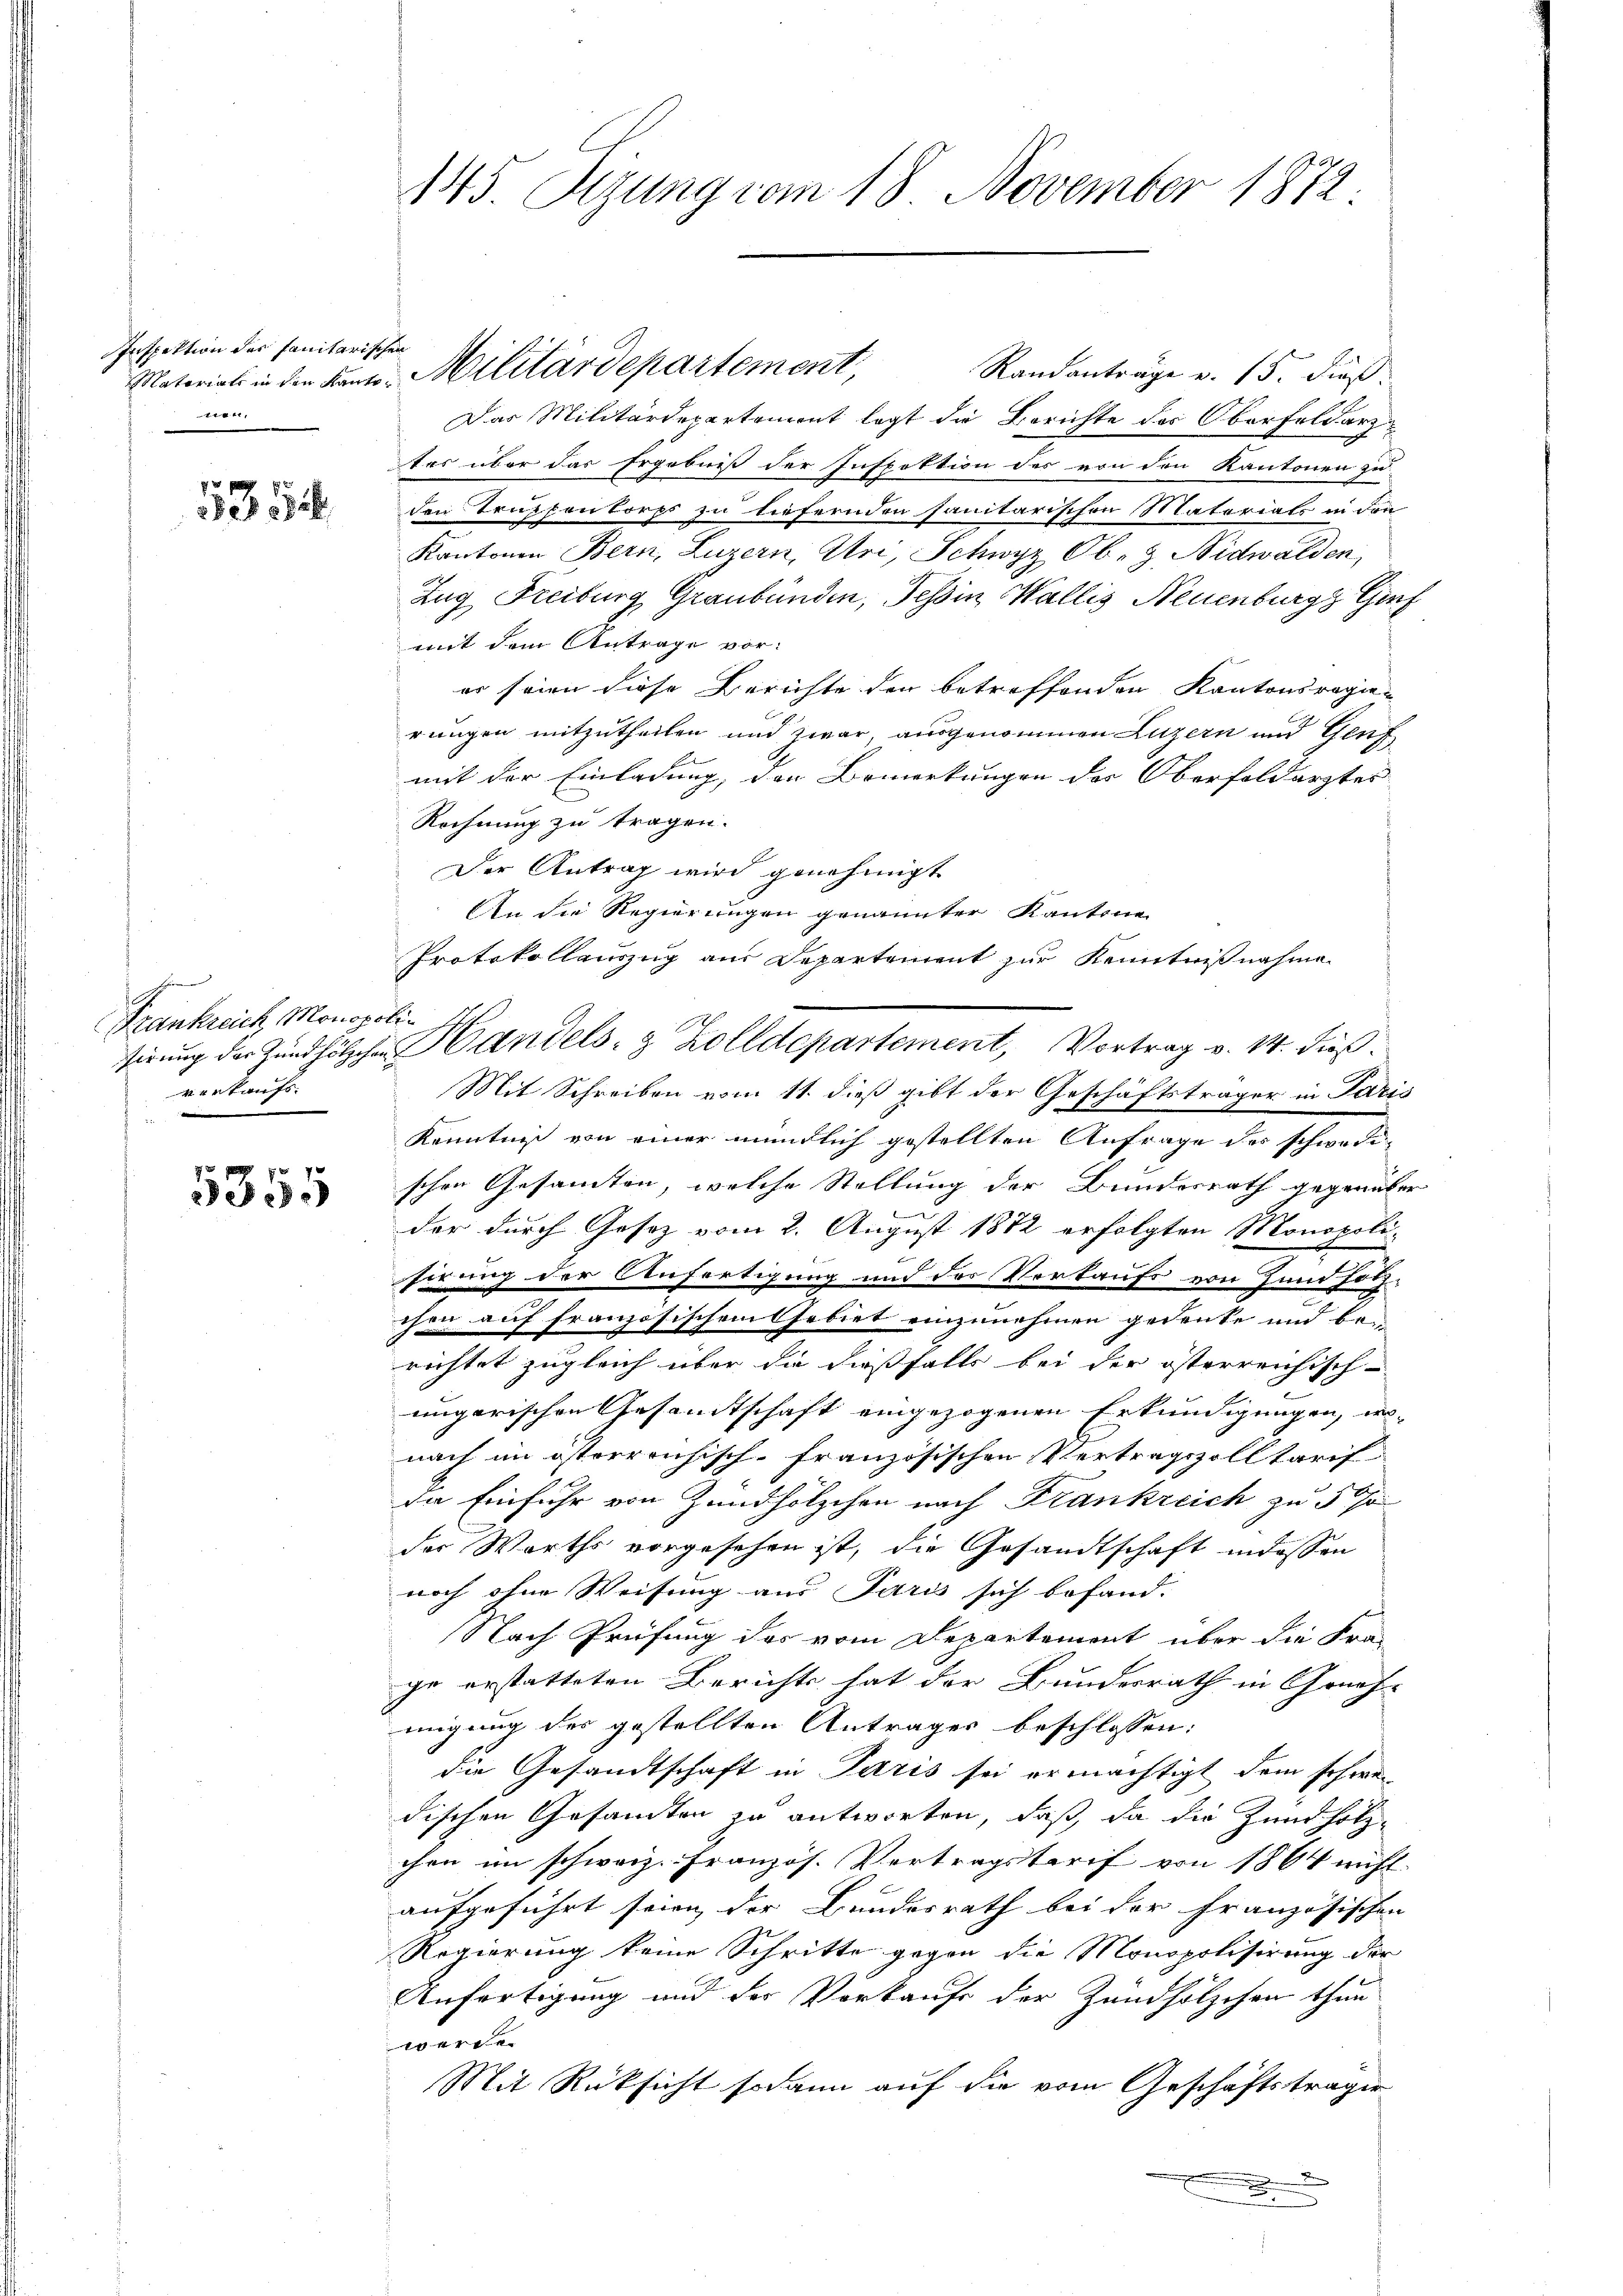
Inspektion des sanitarischen
nen

5354

h
Krankreich Monopolivorkaufs

5355

145. Sizung vom 18. November 1872.

Randanträge v. 15. Fuß.
Das Militärdepartement legt die Berichte des Oberfeldarz
tes über das Ergebniß der Inspektion des von den Kantonen zu
den Truppenkorps zu liefernden sanitarischen Materials in den
Kantonen Bern, Luzern, Uri, Schwyz Ob. & Nidwalden,
Zug Freiburg Graubünden, Tessin, Wallis, Neuenburg, Genf
mit dem Antrage vorer seien diese Berichte den betreffenden Kantonsregierungen mitzutheilen und zwar, ausgenommen Luzern und Genf
mit der Einladung, den Bemerkungen des Oberfoldärztes
Rechnung zu tragen.
Der Antrag wird genehmigt
An die Regierungen genannter Kantone
Protokollauszug aus Departement zur Kenntnißnahme
Mit Schreiben vom 11. dieß gibt der Geschäftsträger in Paris
Kenntniß von einer mündlich gestellten Anfrage des schwedischen Gesamten, welche Stellung der Bundesrath gegenüber
f
der durch Gesetz vom 2. August 1872 erfolgten Monopoli-
sirung der Anfertigung und der Vorkaufs von Hundsätz-
chen auf französischem Gebiet einzunehmen gedenke und bei
richtet zugleich über die dießfalls bei der österreichisch-
ungarischen Gesandtschaft eingezogenen Erkundigungen, wo-
nach im österreichisch-französischen Vertragszolltarif
da Einfuhr von Zündhölzchen nach Frankreich zu 5 %
der Warths vorgesehen ist, die Gesandtschaft indessen
noch ohne Weisung aus Paris sich befand. |
Nach Prüfung des vom Departemont über die Fra-
ge erstatteten Berichts hat der Bundesrath in Geneh-
migung des gestellten Antrages beschlossen:
die Gesandtschaft in Paris sei ermächtigt dem schwerdischen Gesandten zu antworten, daß, da die Zundholzchen im schweiz. Französ. Vertragstarif von 1864 nicht
aufgeführt seien der Bundesrath bei der Französischen
Regierung keine Schritte gegen die Monopolisirung der
Anfertigung und der Vorkaufe der Zündhölzchen thun
werde.
Mit Rüksicht sodann auf die vom Geschäftsträger
.

Matoriali in den Kant. Militärdepartement,

sirung der Zündhölzchen Handels- & Zolldepartement, Vortrag v. 14. dieß.